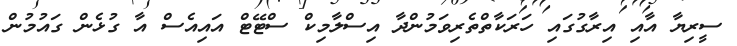
ސީރިޔާ އާއި އިރާގުގައި ހަރަކާތްތެރިވަމުންދާ އިސްލާމިކް ސްޓޭޓް އައިއެސް އާ ގުޅެން ގައުމުން